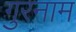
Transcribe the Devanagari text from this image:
गुरनाम